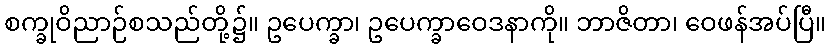
စက္ခုဝိညာဉ်စသည်တို့၌။ ဥပေက္ခာ၊ ဥပေက္ခာဝေဒနာကို။ ဘာဇိတာ၊ ဝေဖန်အပ်ပြီ။